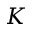
K